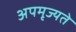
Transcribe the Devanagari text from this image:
अपमृज्यते